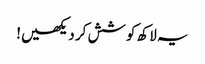
یہ لاکھ کوشش کر دیکھیں!